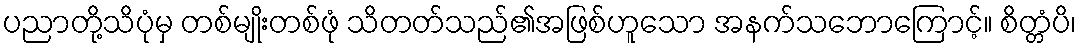
ပညာတို့သိပုံမှ တစ်မျိုးတစ်ဖုံ သိတတ်သည်၏အဖြစ်ဟူသော အနက်သဘောကြောင့်။ စိတ္တံပိ၊